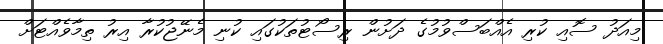
މިއަދު ސޮއި ކުރި އެއްބަސްވުމުގެ ދަށުން ރިސޯޓުތަކުގައި ކުނި މެނޭޖުކުރާ އިރު ތިމާވެއްޓަށް